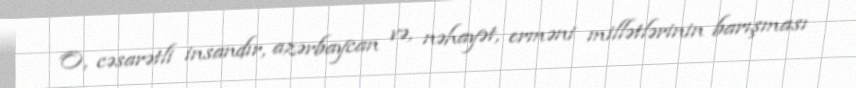
O, cəsarətli insandır, azərbaycan və, nəhayət, erməni millətlərinin barışması